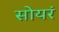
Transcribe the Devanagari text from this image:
सोयरं